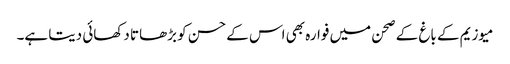
میوزیم کے باغ کے صحن میں فوارہ بھی اس کے حسن کو بڑھاتا دکھائی دیتا ہے۔